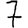
Digit: 7